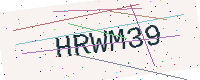
Text: HRWM39